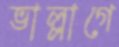
ভাল্লাগে